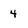
Character: 4